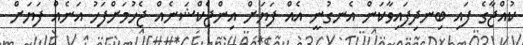
ކުއްޖާގެ ފައި ބިނދިފައިވާކަން އެނގުނީ އެއް ފަޔަށް އިންޖެކްޝަނެއް ޖެހުމަށްފަހު އަނެއް ފަޔަށް